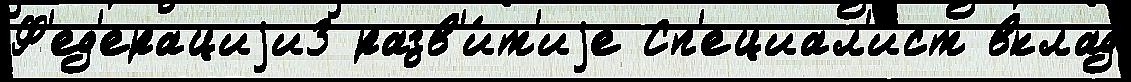
Ф'ед'ерациjи3 разв'и́т'иjе Сп'ециал'и́ст вклад